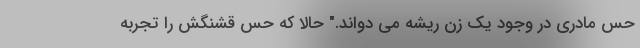
حس مادری در وجود یک زن ریشه می‌ دواند." حالا که حس قشنگش را تجربه